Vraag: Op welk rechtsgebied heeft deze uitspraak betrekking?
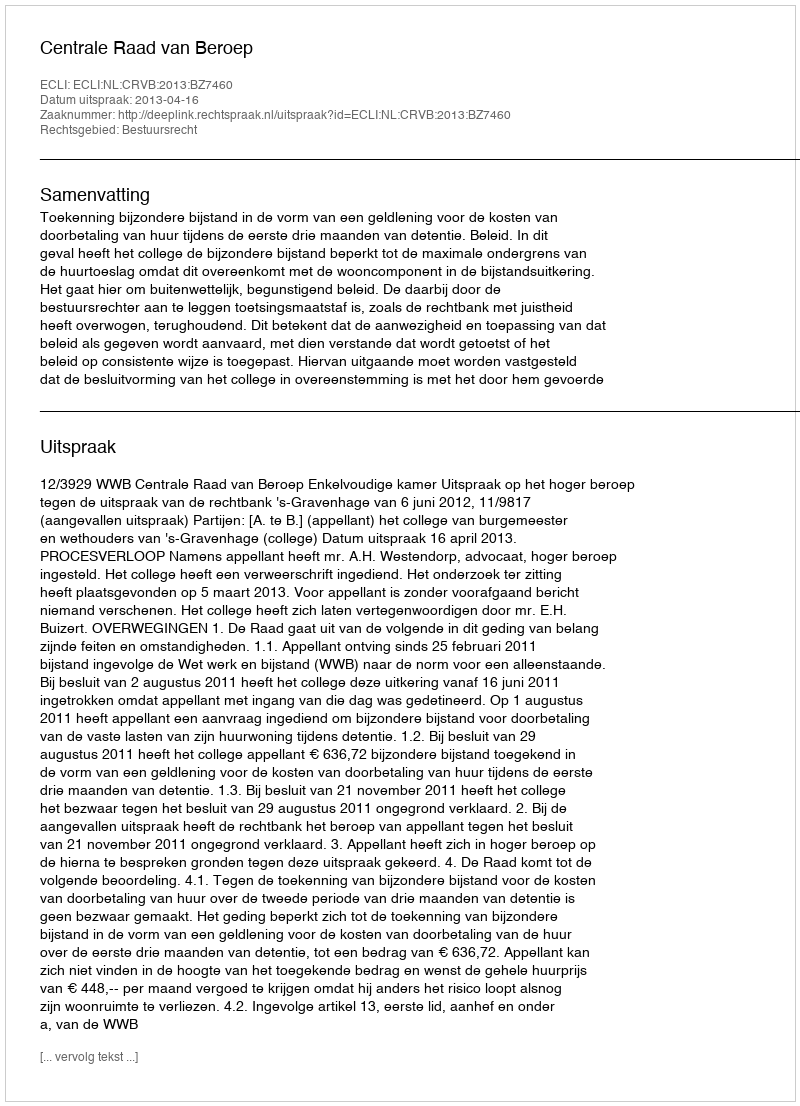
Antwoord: Bestuursrecht